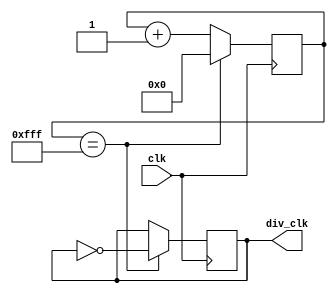
module FrequencySynthesizer (
    input clk,
    output reg div_clk
);

reg [11:0] counter;

always @(posedge clk) begin
    if (counter == 12'hfff) begin
        counter <= 12'b0;
        div_clk <= ~div_clk;
    end else begin
        counter <= counter + 1;
    end
end

endmodule